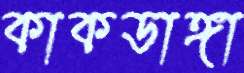
কাকডাঙ্গা